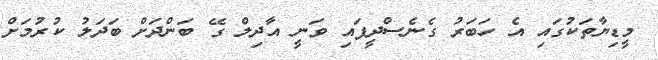
މީޑިޔާތަކުގައި އެ ހަބަރު ގެނެސްދީފައި ވަނީ އާދިލް ގޭ ބަންދަށް ބަދަލު ކުރުމަށް